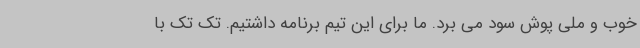
خوب و ملی پوش سود می برد. ما برای این تیم برنامه داشتیم. تک تک با